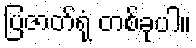
ပြဇာတ်ရုံ တစ်ခုပါ။